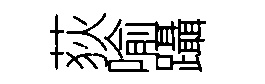
荻喻躡